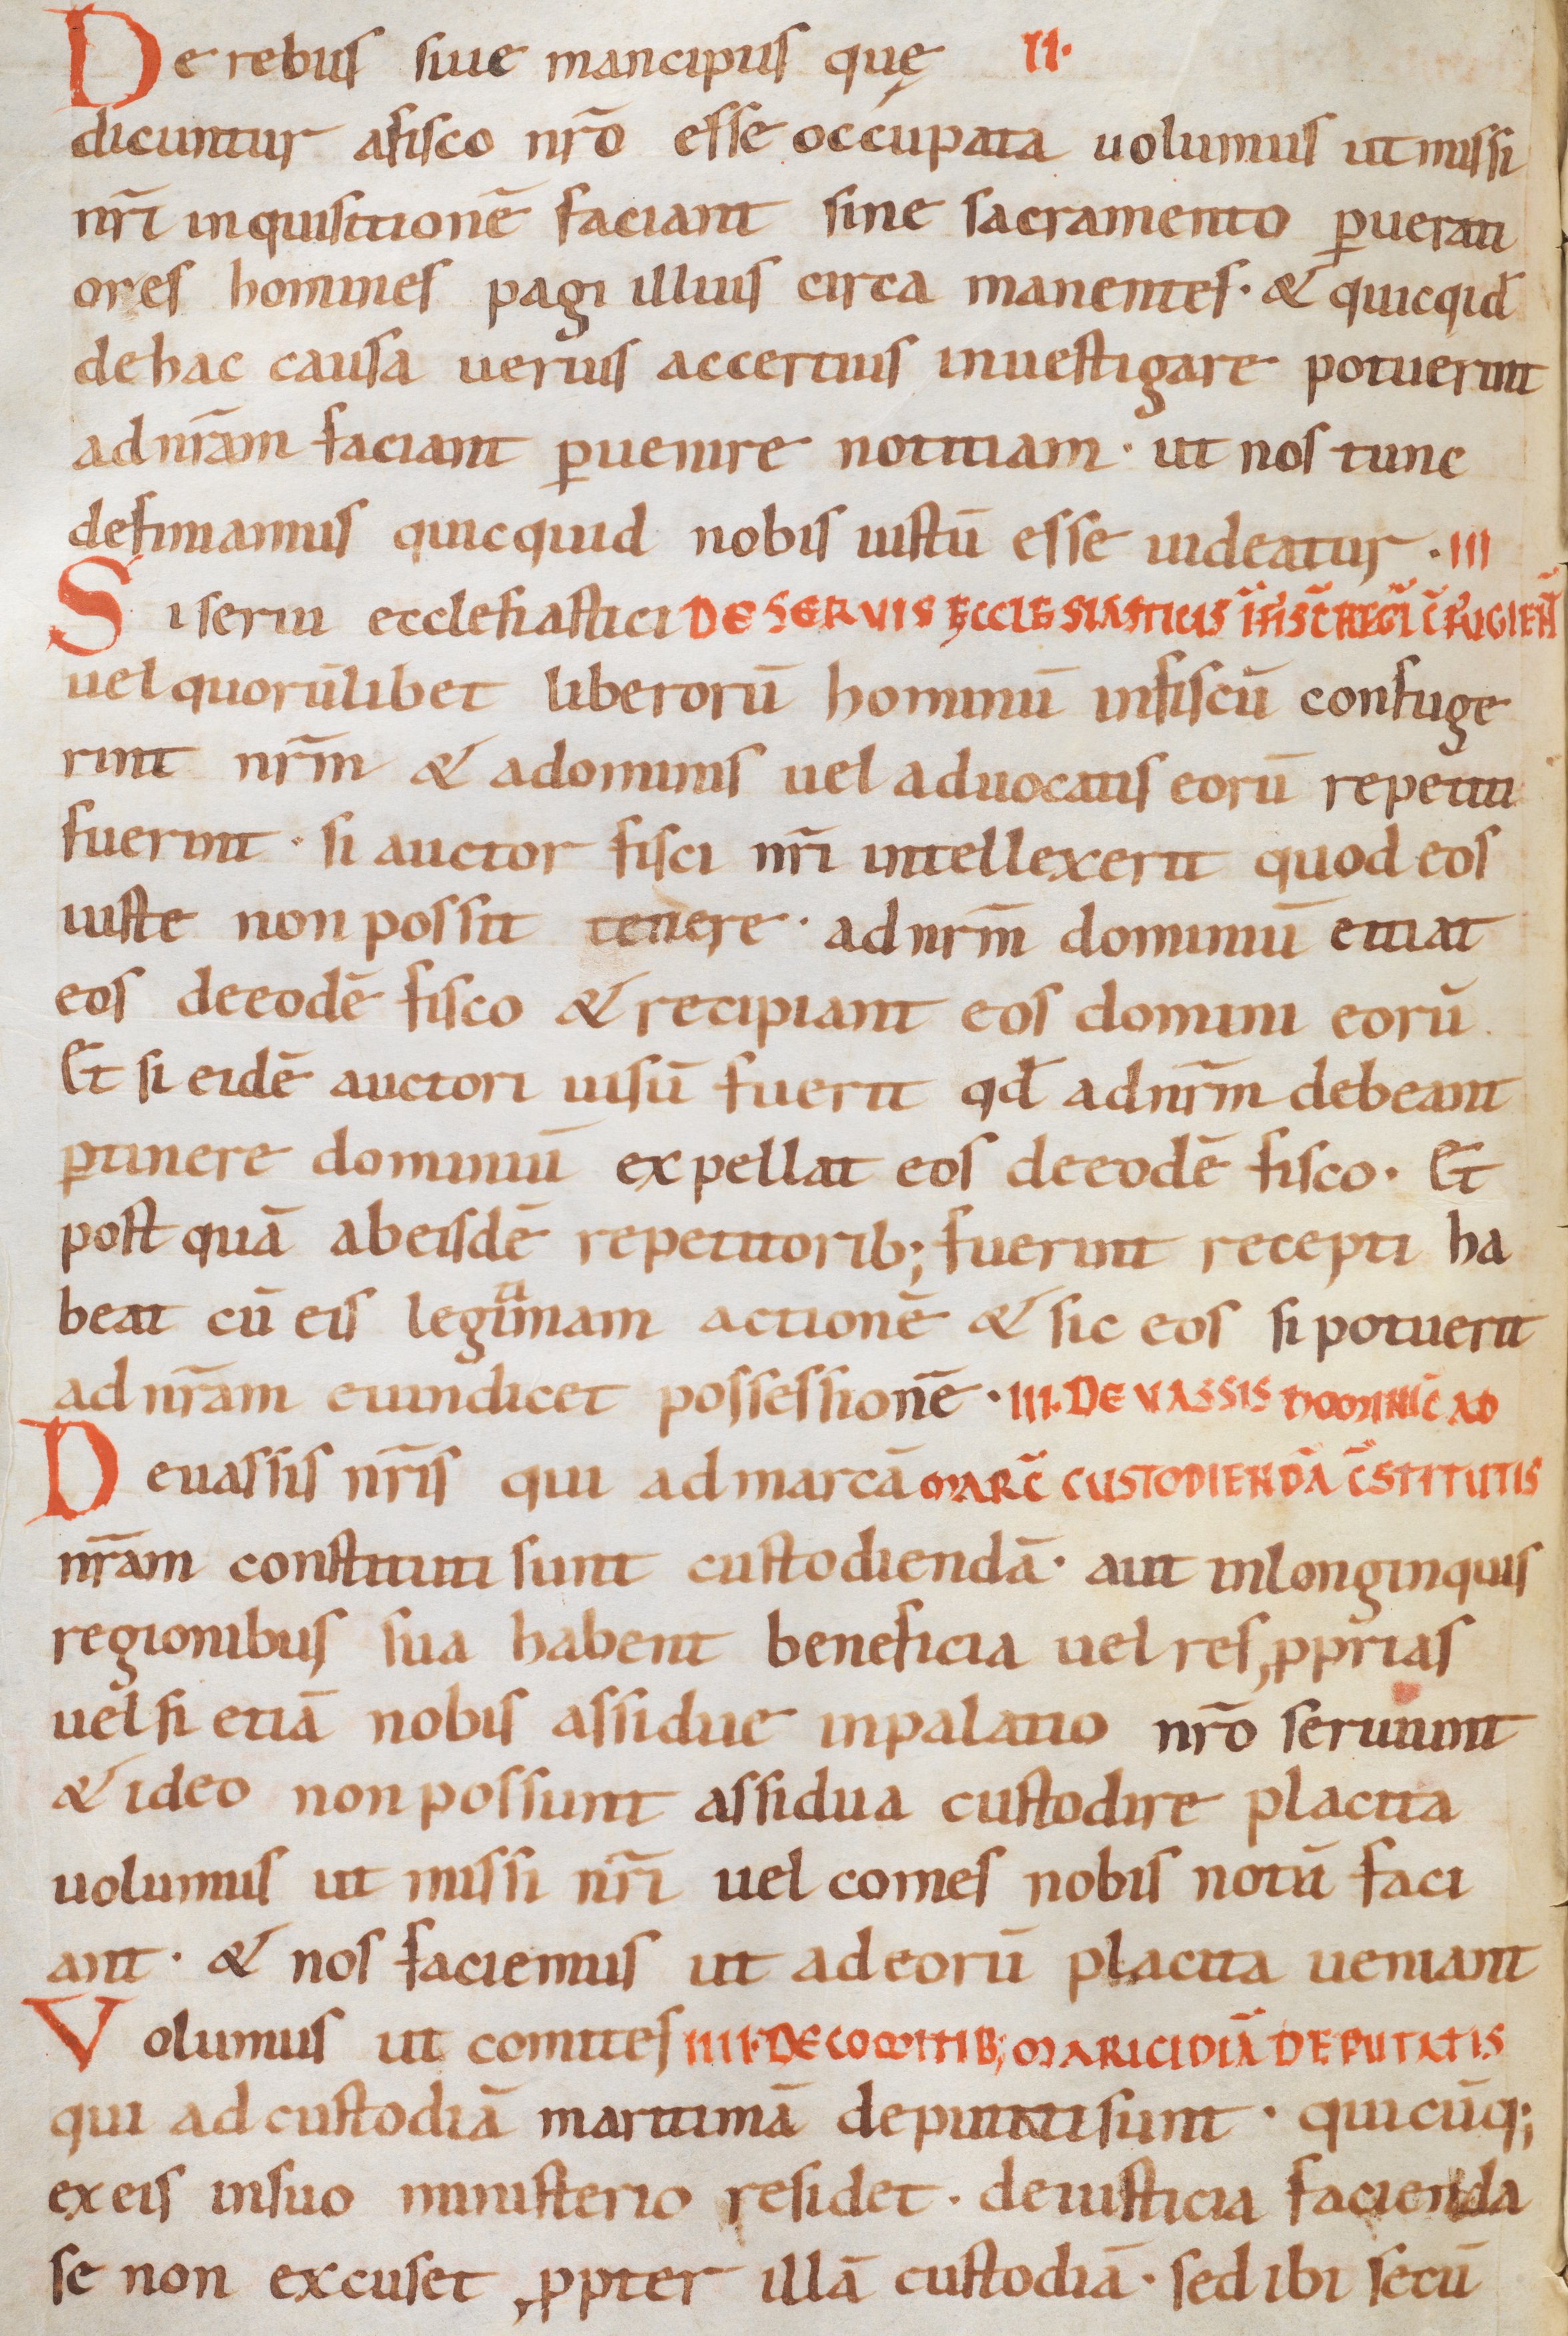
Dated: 1000–1099